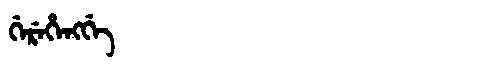
Manchu: ᡤᡝᡵᡝᡥᡝᠩᡤᡝ
Romanization: GEREHENGGE